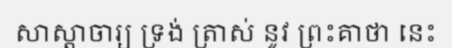
សាស្តាចារ្យ ទ្រង់ ត្រាស់ នូវ ព្រះគាថា នេះ